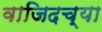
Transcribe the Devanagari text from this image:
वाजिदच्या